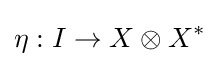
\eta :I\to X\otimes X^{*}